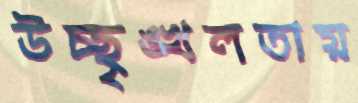
উচ্ছৃঙ্খলতায়